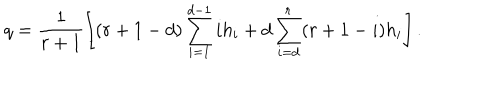
q = \frac { 1 } { r + 1 } \left[ ( r + 1 - d ) \sum _ { i = 1 } ^ { d - 1 } i h _ { i } + d \sum _ { i = d } ^ { r } ( r + 1 - i ) h _ { i } \right] .